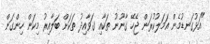
"އަޅުގަނޑުމެން އަމަލުކުރަން ޖެހޭ ގާނޫނު ތަކާއި ގަވާއިދު ތަކަށް ބަލާއިރު މިކަން ހިންގަން